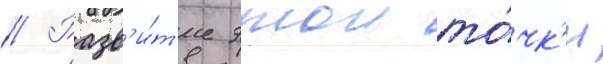
// Разв'и́т'ие этои то́чк'и